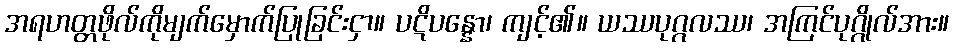
အရဟတ္တဖိုလ်ကိုမျက်မှောက်ပြုခြင်းငှာ။ ပဋိပန္နော၊ ကျင့်၏။ ယဿပုဂ္ဂလဿ၊ အကြင်ပုဂ္ဂိုလ်အား။